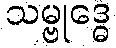
သမ္ဗုဒ္ဓေ